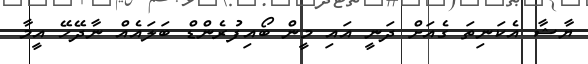
ޔާޝާ އެކަނިތަ ގެއަށް ދަނީ އައި މީން ބޯއިފުރެންޑް ބަލައެއް ނާދޭހޭ އީމާ